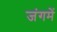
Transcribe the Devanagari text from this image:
जंगमें